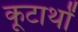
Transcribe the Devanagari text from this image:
कूटार्थों